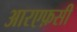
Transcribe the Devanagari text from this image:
आरएफ़सी